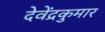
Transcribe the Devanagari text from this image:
देवेंद्रकुमार